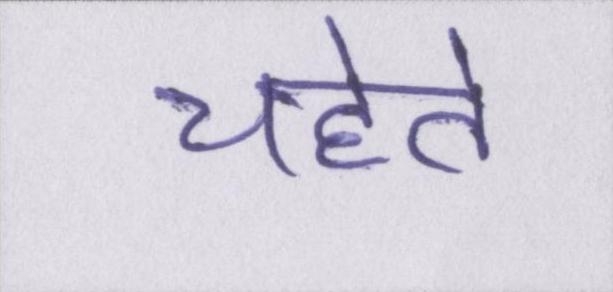
चहेते